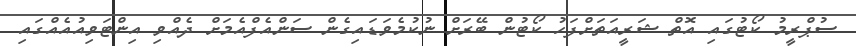
ސުޕްރީމު ކޯޓުގައި އޮތް ޝަރީއަތަށްފަހު ކޯޓުން ބޭރަށް ނުކުމެވަޑައިގެން ސަންއެފްއެމަށް ދެއްވި އިންޓަވިއުއެއްގައި